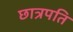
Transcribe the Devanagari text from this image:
छात्रपति